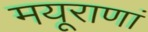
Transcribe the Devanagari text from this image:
मयूराणां